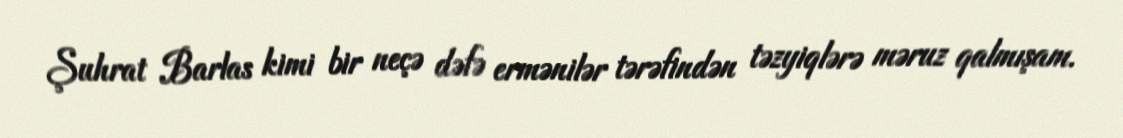
Şuhrat Barlas kimi bir neçə dəfə ermənilər tərəfindən təzyiqlərə məruz qalmışam.